Annual returns of the Patna Lunatic Asylum at Bankipore in Bihar and Orissa - 1912-1924
Year: 1912
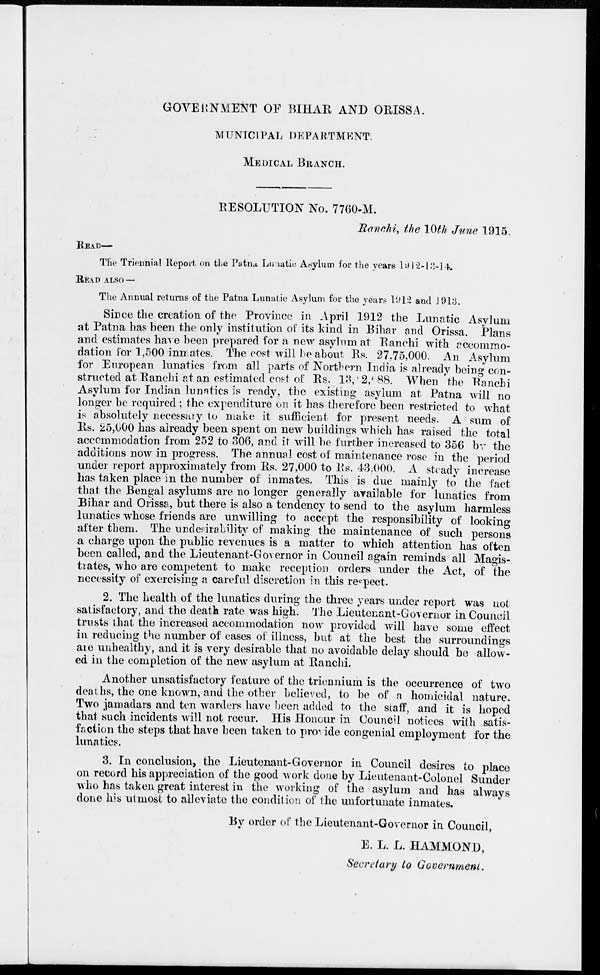
GOVERNMENT OF BIHAR AND ORISSA.
MUNICIPAL DEPARTMENT.
MEDICAL BRANCH.
RESOLUTION No. 7760-M.
Ranchi, the 10th June 1915.
READ—
The Triennial Report on the Patna, Lunatic Asylum for the years 1912-13-14.
READ ALSO —
The Annual returns of the Patna Lunatic Asylum for the years 1912 and 1913.
Since the creation of the Province in April 1912 the Lunatic Asylum
at Patna has been the only institution of its kind in Bihar and Orissa. Plans
and estimates have been prepared for a new asylum at Ranchi with accommo-
dation for 1,500 inmates. The cost will be about Rs. 27,75,000. An Asylum
for European lunatics from all parts of Northern India is already being con-
structed at Ranchi at an estimated cost of Rs. 13,12,688. When the Ranchi
Asylum for Indian lunatics is ready, the existing asylum at Patna will no
longer be required; the expenditure on it has therefore been restricted to what
is absolutely necessary to make it sufficient for present needs. A sum of
Rs. 25,000 has already been spent on new buildings which has raised the total
accommodation from 252 to 306, and it will be further increased to 356 by the
additions now in progress. The annual cost of maintenance rose in the period
under report approximately from Rs. 27,000 to Rs. 43,000. A steady increase
has taken place in the number of inmates. This is due mainly to the fact
that the Bengal asylums are no longer generally available for lunatics from
Bihar and Orissa, but there is also a tendency to send to the asylum harmless
lunatics whose friends are unwilling to accept the responsibility of looking
after them. The undesirability of making the maintenance of such persons
a charge upon the public revenues is a matter to which attention has often
been called, and the Lieutenant-Governor in Council again reminds all Magis-
trates, who are competent to make reception orders under the Act, of the
necessity of exercising a careful discretion in this respect.
2. The health of the lunatics during the three years under report was not
satisfactory, and the death rate was high. The Lieutenant-Governor in Council
trusts that the increased accommodation now provided will have some effect
in reducing the number of cases of illness, but at the best the surroundings
are unhealthy, and it is very desirable that no avoidable delay should be allow-
ed in the completion of the new asylum at Ranchi.
Another unsatisfactory feature of the triennium is the occurrence of two
deaths, the one known, and the other believed, to be of a homicidal nature.
Two jamadars and ten warders have been added to the staff, and it is hoped
that such incidents will not recur. His Honour in Council notices with satis-
faction the steps that have been taken to provide congenial employment for the
lunatics.
3. In conclusion, the Lieutenant-Governor in Council desires to place
on record his appreciation of the good work done by Lieutenant-Colonel Sunder
who has taken great interest in the working of the asylum and has always
done his ulmost to alleviate the condition of the unfortunate inmates.
By order of the Lieutenant-Governor in Council,
E. L. L. HAMMOND,
Secretary to Government.